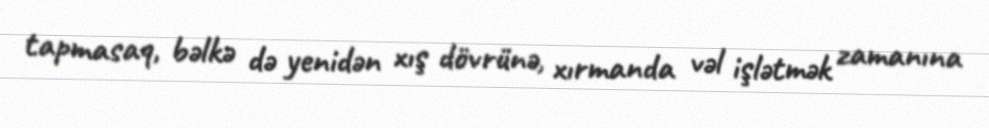
tapmasaq, bəlkə də yenidən xış dövrünə, xırmanda vəl işlətmək zamanına